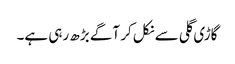
گاڑی گلی سے نکل کر آگے بڑھ رہی ہے۔